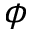
\phi